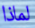
لماذا